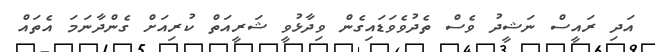
އަދި ރައީސް ނަޝީދު ވެސް ތެދުވެވަޑައިގެން ވިދާޅުވީ ޝަރީއަތް ކުރިއަށް ގެންދާނަމަ އެތައް